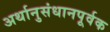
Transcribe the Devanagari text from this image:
अर्थानुसंधानपूर्वक